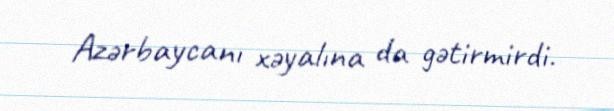
Azərbaycanı xəyalına da gətirmirdi.